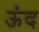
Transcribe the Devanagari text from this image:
ऊंद